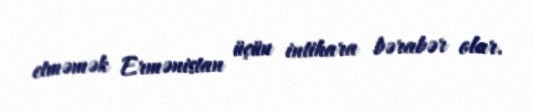
etməmək Ermənistan üçün intihara bərabər olar.